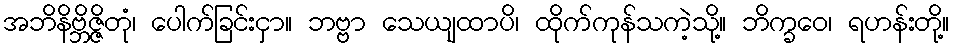
အဘိနိဗ္ဘိဇ္ဇိတုံ၊ ပေါက်ခြင်းငှာ။ ဘဗ္ဗာ သေယျထာပိ၊ ထိုက်ကုန်သကဲ့သို့။ ဘိက္ခဝေ၊ ရဟန်းတို့။